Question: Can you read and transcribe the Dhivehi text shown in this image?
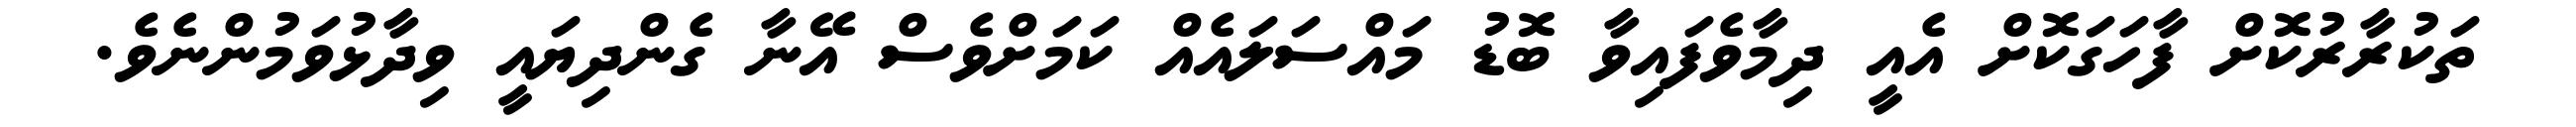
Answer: ތަކުރާރުކޮށް ފާހަގަކޮށް އެއީ ދިމާވެފައިވާ ބޮޑު މައްސަލައެއް ކަމަށްވެސް އޭނާ ގެންދިޔައީ ވިދާޅުވަމުންނެވެ.